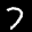
Label: 7